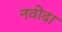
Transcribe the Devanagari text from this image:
नवोढा